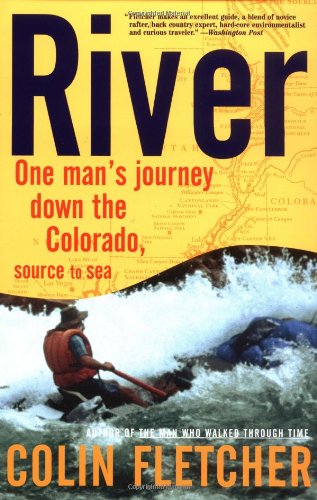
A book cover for River : One Man's Journey Down the Colorado, Source to Sea; Colin Fletcher; Travel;